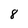
Character: 8